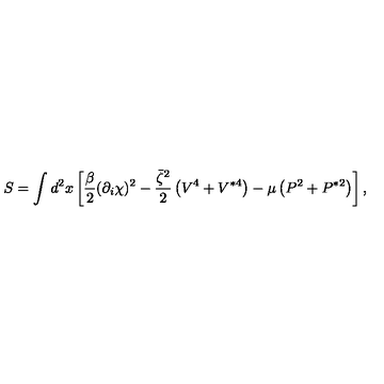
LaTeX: S = \int d ^ { 2 } x \left[ \frac \beta 2 ( \partial _ { i } \chi ) ^ { 2 } - { \frac { \bar { \zeta } ^ { 2 } } { 2 } } \left( V ^ { 4 } + V ^ { * 4 } \right) - \mu \left( P ^ { 2 } + P ^ { * 2 } \right) \right] ,